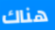
هناك